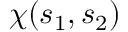
\chi ( s _ { 1 } , s _ { 2 } )